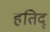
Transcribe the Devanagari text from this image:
हतिद्